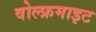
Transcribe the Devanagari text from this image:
वोल्फ्रमाइट